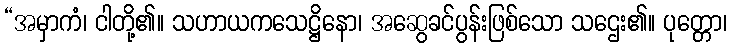
“အမှာကံ၊ ငါတို့၏။ သဟာယကသေဋ္ဌိနော၊ အဆွေခင်ပွန်းဖြစ်သော သဌေး၏။ ပုတ္တော၊